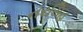
નરસિહ